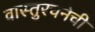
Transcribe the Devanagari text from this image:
वास्तुरचनेची